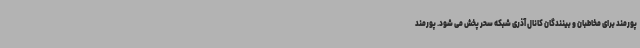
پورمند برای مخاطبان و بینندگان کانال آذری شبکه سحر پخش می شود. پورمند